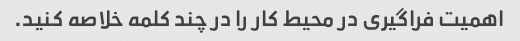
اهمیت فراگیری در محیط کار را در چند کلمه خلاصه کنید.